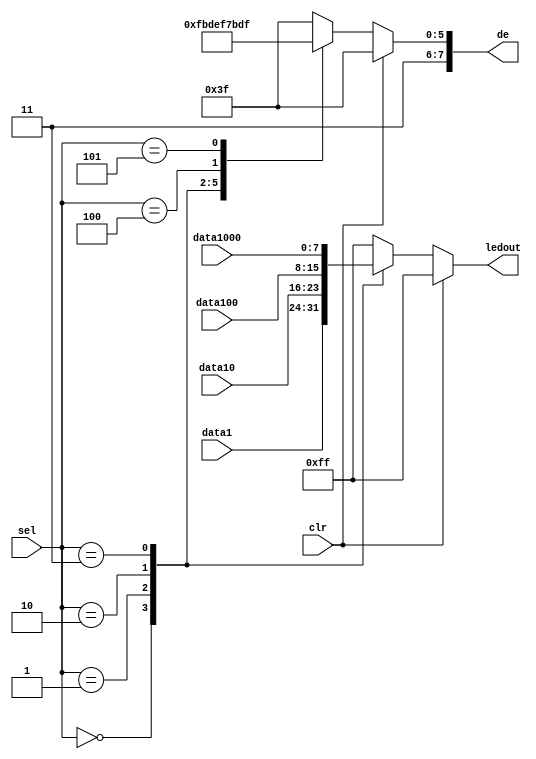
//-----------------------------------------------------
//Transmit 4 digits to 4-port multiplexer with 8 bits  
//-----------------------------------------------------
module led_dsp(clr, sel, data1, data10, data100, data1000, de, ledout);

input   clr;
input   [2:0]  sel;
input   [7:0]  data1, data10, data100, data1000;
output  [7:0]	de;
output  [7:0]	ledout;


reg [7:0] de_tem;
reg [7:0] led_tem;
	  

always @(clr or sel or data1 or data10 or data100 or data1000)
begin
 if(clr)
  begin
  led_tem <=  8'b11111111;
  de_tem <=8'b11111111;
  end
 else 
   case(sel)	//Select one of the 6 seven-segment displayer
     3'b000 :
	 begin
	  led_tem <= data1;
	  de_tem <= 8'b1111_1110;
      end
     3'b001 :
	 begin
	  led_tem <= data10;
	  de_tem <= 8'b1111_1101;
      end
     3'b010 :
	 begin
	  led_tem <= data100;
	  de_tem <= 8'b1111_1011;
      end
     3'b011 :
	 begin
	  led_tem <= data1000;
	  de_tem <= 8'b1111_0111;
      end
	3'b100 :
	 begin
	  led_tem <= 8'b11111111;
	  de_tem <= 8'b1110_1111;
      end
	3'b101 :
	 begin
	  led_tem <= 8'b11111111;
	  de_tem <= 8'b1101_1111;
      end
     default:
      begin
	  led_tem <= 8'b11111111;
	  de_tem <= 8'b1111_1111;
      end
    endcase
end

 assign ledout = led_tem;
 assign de = de_tem;

endmodule